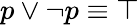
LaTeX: p\vee\neg p\equiv\top